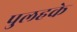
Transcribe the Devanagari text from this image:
पुलहके